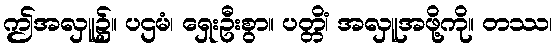
ဤအလှူ၌။ ပဌမံ၊ ရှေးဦးစွာ။ ပတ္တိံ၊ အလှူအဖို့ကို။ တဿ၊